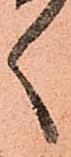
く